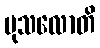
မုသလောတိ